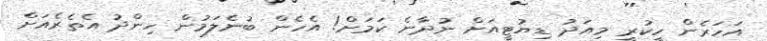
އަހަރެން ހީކުރީ މިއަދު ޑިޔުޓީއަށް ނުދާނެ ކަމަށް! އެހެން ބުނެލަމުން ހިންދު އެތެރެއަށް